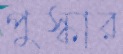
পুস্কার